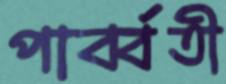
পার্ব্বতী